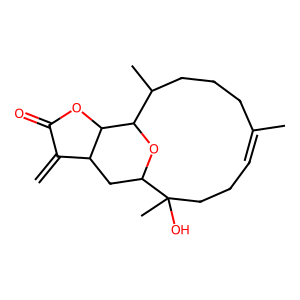
SMILES: C=C1C(=O)OC2C1CC1OC2C(C)CCCC(C)=CCCC1(C)O
Inhibits HIV replication: No